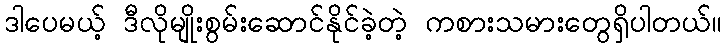
ဒါပေမယ့် ဒီလိုမျိုးစွမ်းဆောင်နိုင်ခဲ့တဲ့ ကစားသမားတွေရှိပါတယ်။